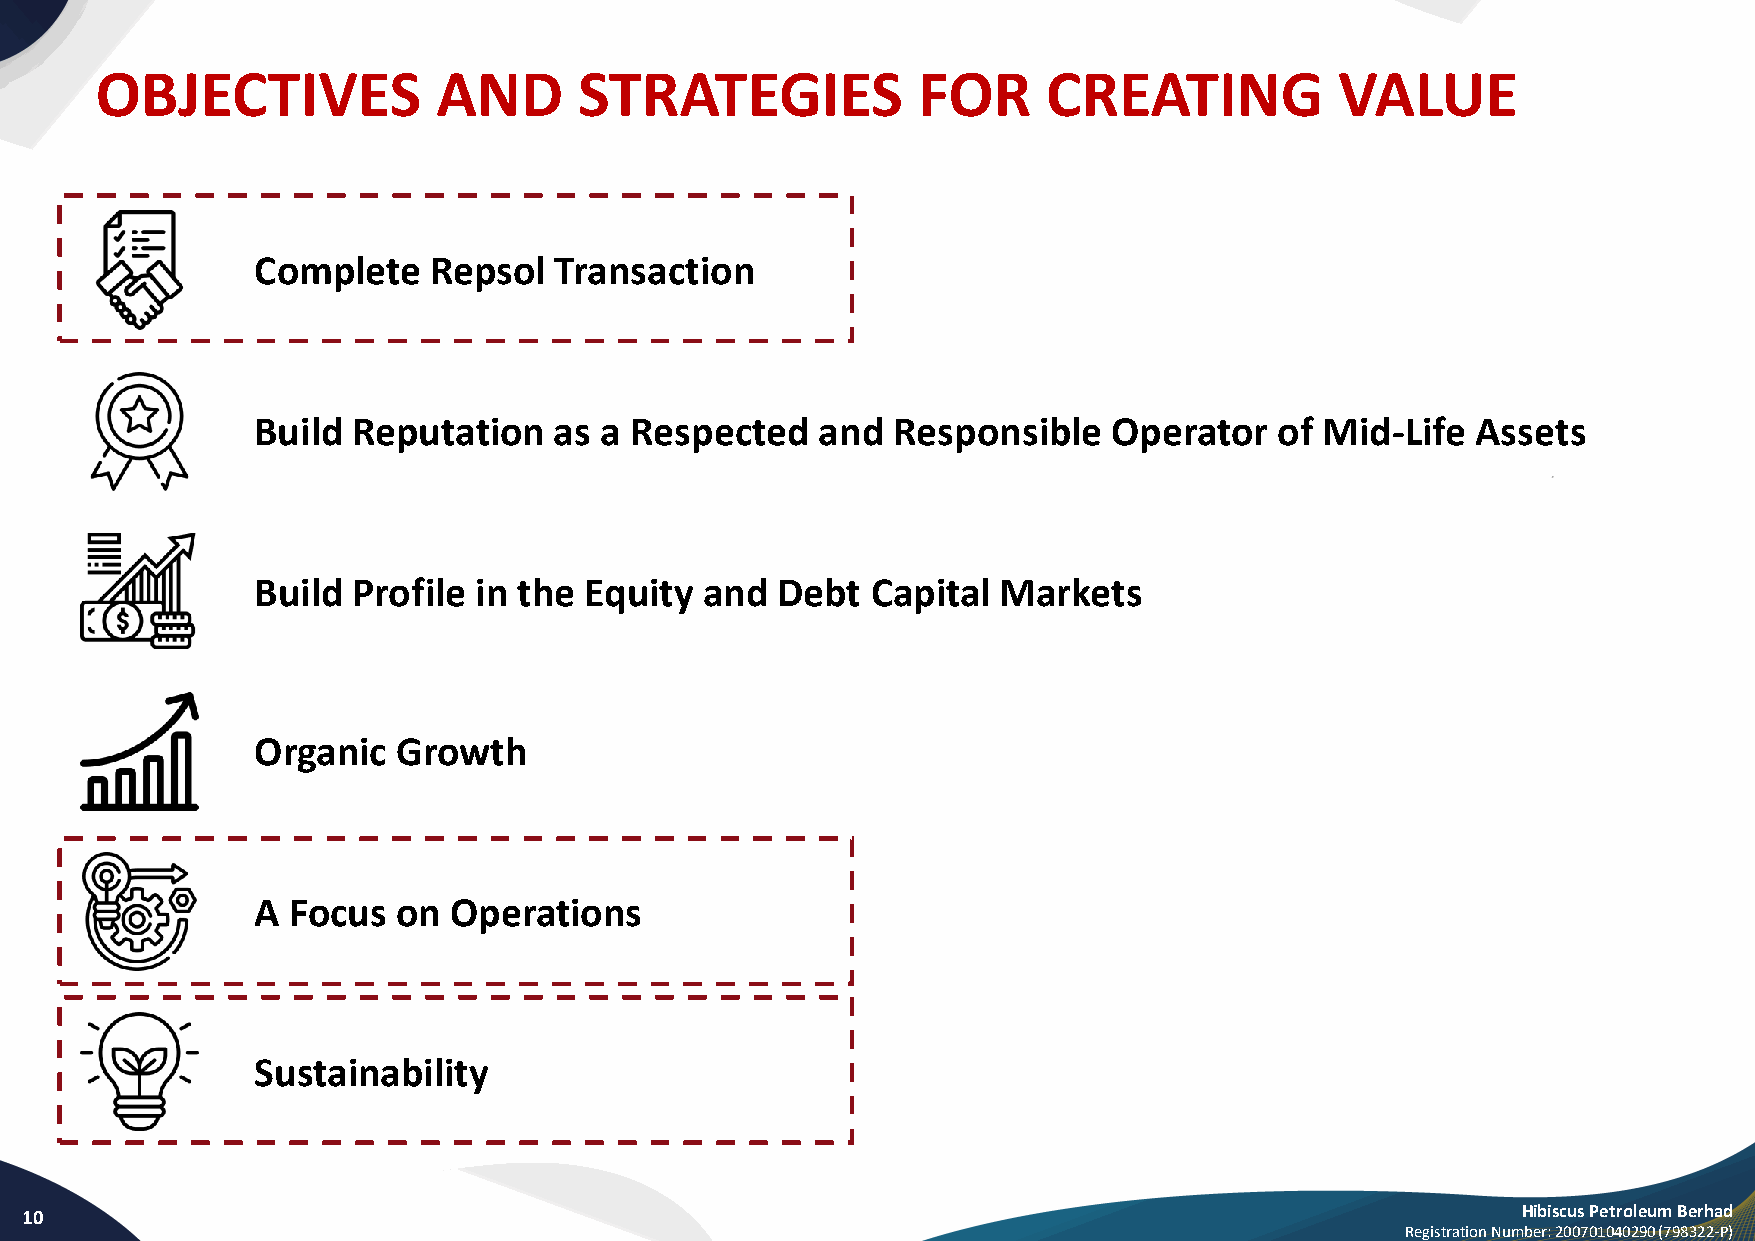
OBJECTIVES             AND      STRATEGIES             FOR     CREATING            VALUE
 Complete   Repsol   Transaction
 Build Reputation    as a Respected   and  Responsible    Operator   of Mid-Life  Assets
 Build Profile in the  Equity and  Debt   Capital Markets
 Organic  Growth
 A Focus  on  Operations
 Sustainability
 10                                                                                                  Hibiscus Petroleum Berhad
 Registration Number: 200701040290 (798322-P)